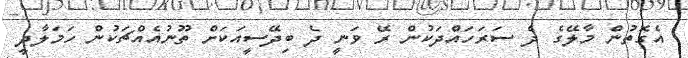
އެގޮތުން މާލޭގެ ދެ ސަރަހައްދަކުން ރޭ ވަނީ ދެ ބިދޭސީއަކަށް ތޫނުއެއްޗަކުން ހަމަލާދީ